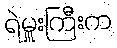
ရဲမှူးကြီးက